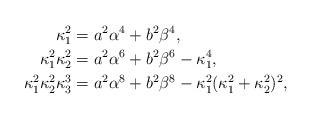
LaTeX: \begin{align*} \kappa_1^2 &= a^2\alpha^4 + b^2\beta^4,\\\kappa_1^2 \kappa_2^2 &= a^2\alpha^6 + b^2\beta^6 -\kappa_1^4,\\\kappa_1^2 \kappa_2^2 \kappa^3_3 &= a^2\alpha^8 + b^2\beta^8 -\kappa_1^2(\kappa_1^2 +\kappa_2^2)^2,\end{align*}